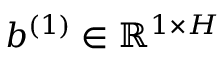
b ^ { ( 1 ) } \in \mathbb { R } ^ { 1 \times H }